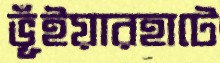
ভূঁইয়ারহাটে